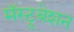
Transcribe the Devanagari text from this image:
मॅस्ट्रूबेशन